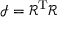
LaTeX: { \mathcal { I } } = { \mathcal { R } } ^ { \mathrm { T } } { \mathcal { R } }